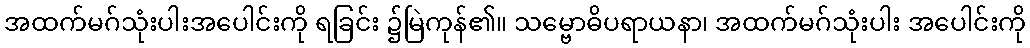
အထက်မဂ်သုံးပါးအပေါင်းကို ရခြင်း ၌မြဲကုန်၏။ သမ္ဗောဓိပရာယနာ၊ အထက်မဂ်သုံးပါး အပေါင်းကို